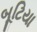
બૂટિયા